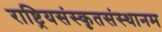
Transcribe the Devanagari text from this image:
राष्ट्रियसंस्कृतसंस्थानम